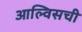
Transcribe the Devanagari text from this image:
आल्विसची